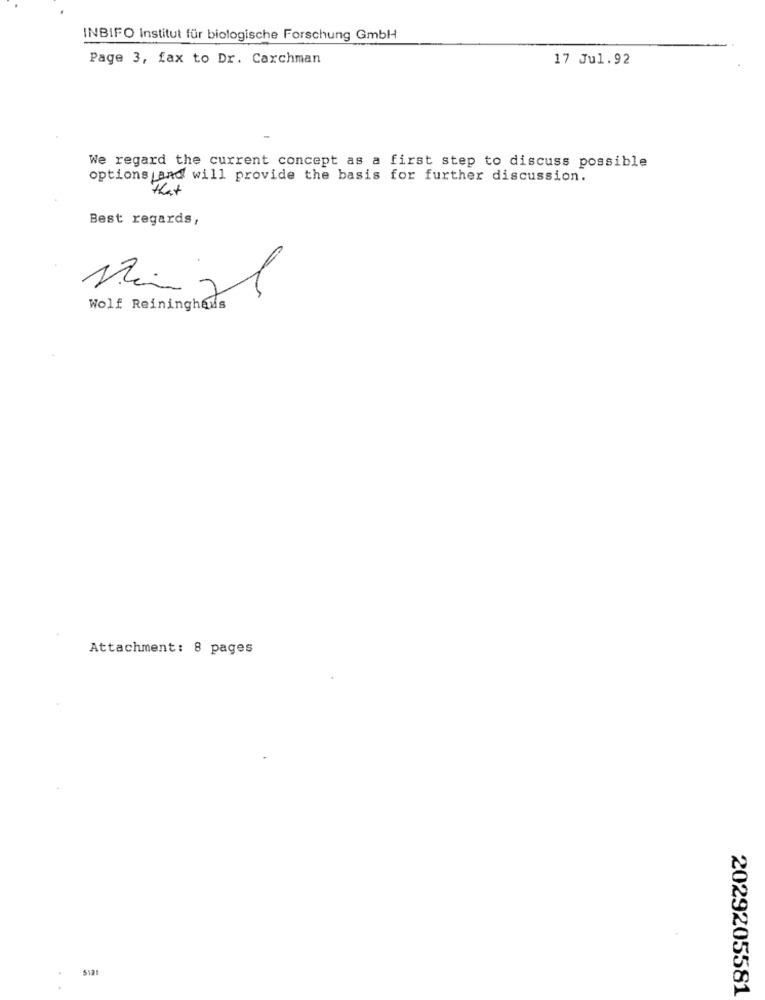
INBIFO Institut für biologische Forschung GmbH
Page 3, fax to Dr. Carchman
17 Jul.92
We regard the current concept as a first step to discuss possible
options and will provide the basis for further discussion.
Best regards,
Mangel
Wolf Reininghaus
Attachment: 8 pages
2029205581